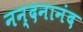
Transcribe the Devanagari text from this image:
नन्दनानंद